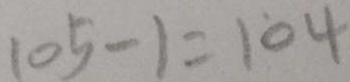
1 0 5 - 1 = 1 0 4